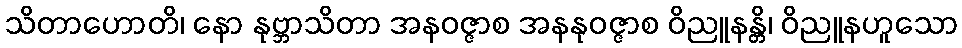
သိတာဟောတိ၊ နော နုဗ္ဘာသိတာ အနဝဇ္ဇာစ အနနုဝဇ္ဇာစ ဝိညူနန္တိ၊ ဝိညူနဟူသော